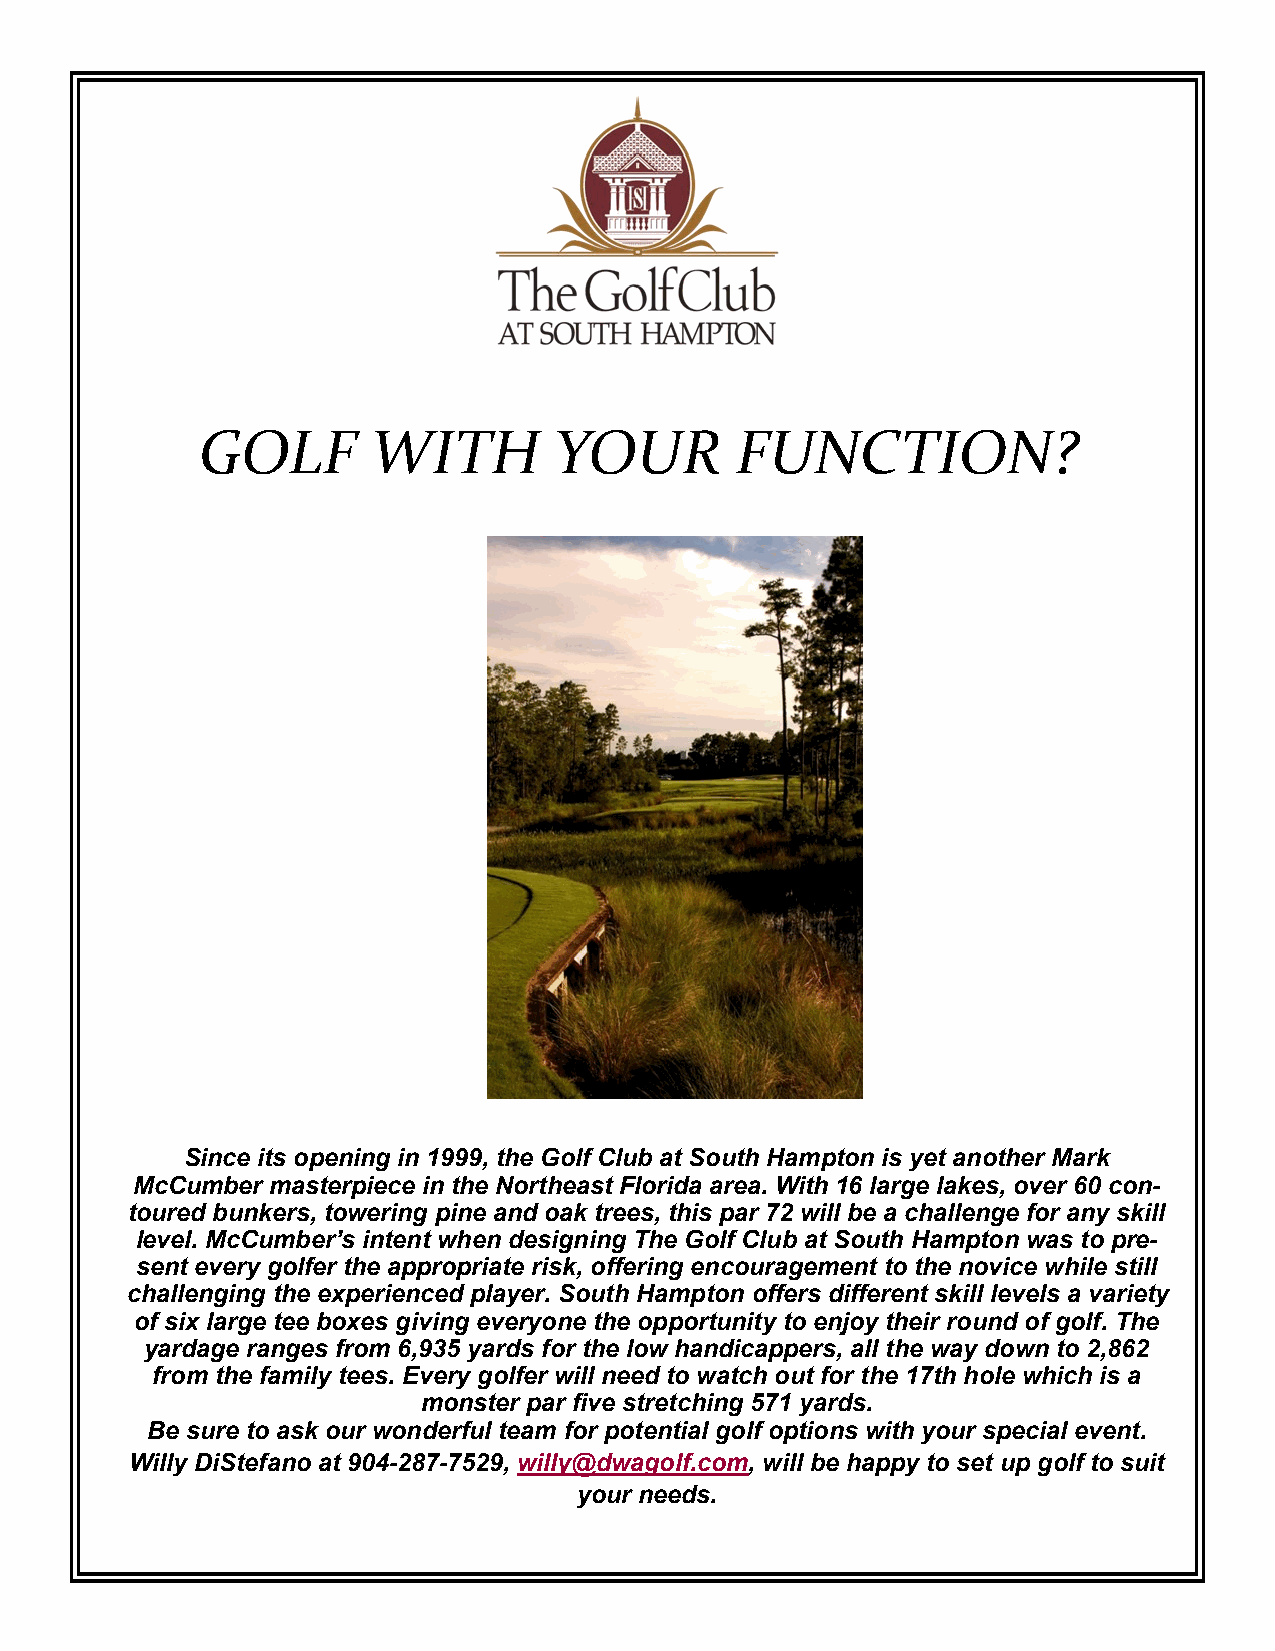
GOLF       WITH         YOUR        FUNCTION?
 Since its opening in 1999, the Golf Club at South Hampton is yet another Mark
 McCumber masterpiece in the Northeast Florida area. With 16 large lakes, over 60 con-
 toured bunkers, towering pine and oak trees, this par 72 will be a challenge for any skill
 level. McCumber’s intent when designing The Golf Club at South Hampton was to pre-
 sent every golfer the appropriate risk, offering encouragement to the novice while still
 challenging the experienced player. South Hampton offers different skill levels a variety
 of six large tee boxes giving everyone the opportunity to enjoy their round of golf. The
 yardage ranges from 6,935 yards for the low handicappers, all the way down to 2,862
 from the family tees. Every golfer will need to watch out for the 17th hole which is a
 monster par five stretching 571 yards.
 Be sure to ask our wonderful team for potential golf options with your special event.
 Willy DiStefano at 904-287-7529, willy@dwagolf.com, will be happy to set up golf to suit
 your needs.